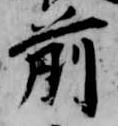
前